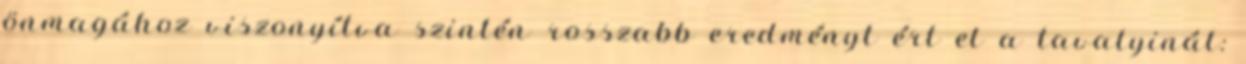
önmagához viszonyítva szintén rosszabb eredményt ért el a tavalyinál: